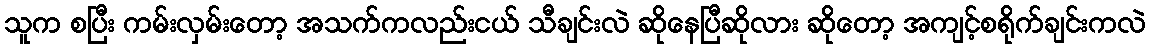
သူက စပြီး ကမ်းလှမ်းတော့ အသက်ကလည်းငယ် သီချင်းလဲ ဆိုနေပြီဆိုလား ဆိုတော့ အကျင့်စရိုက်ချင်းကလဲ